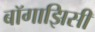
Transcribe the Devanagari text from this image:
बॉगाझिसी